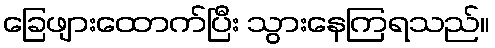
ခြေဖျားထောက်ပြီး သွားနေကြရသည်။